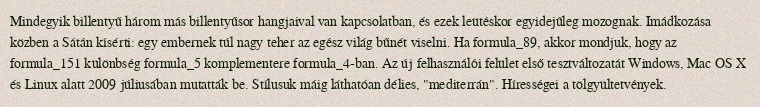
Mindegyik billentyű három más billentyűsor hangjaival van kapcsolatban, és ezek leütéskor egyidejűleg mozognak. Imádkozása közben a Sátán kísérti: egy embernek túl nagy teher az egész világ bűnét viselni. Ha formula_89, akkor mondjuk, hogy az formula_151 különbség formula_5 komplementere formula_4-ban. Az új felhasználói felület első tesztváltozatát Windows, Mac OS X és Linux alatt 2009 júliusában mutatták be. Stílusuk máig láthatóan délies, "mediterrán". Hírességei a tölgyültetvények.